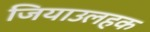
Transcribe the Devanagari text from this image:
जियाउलहक